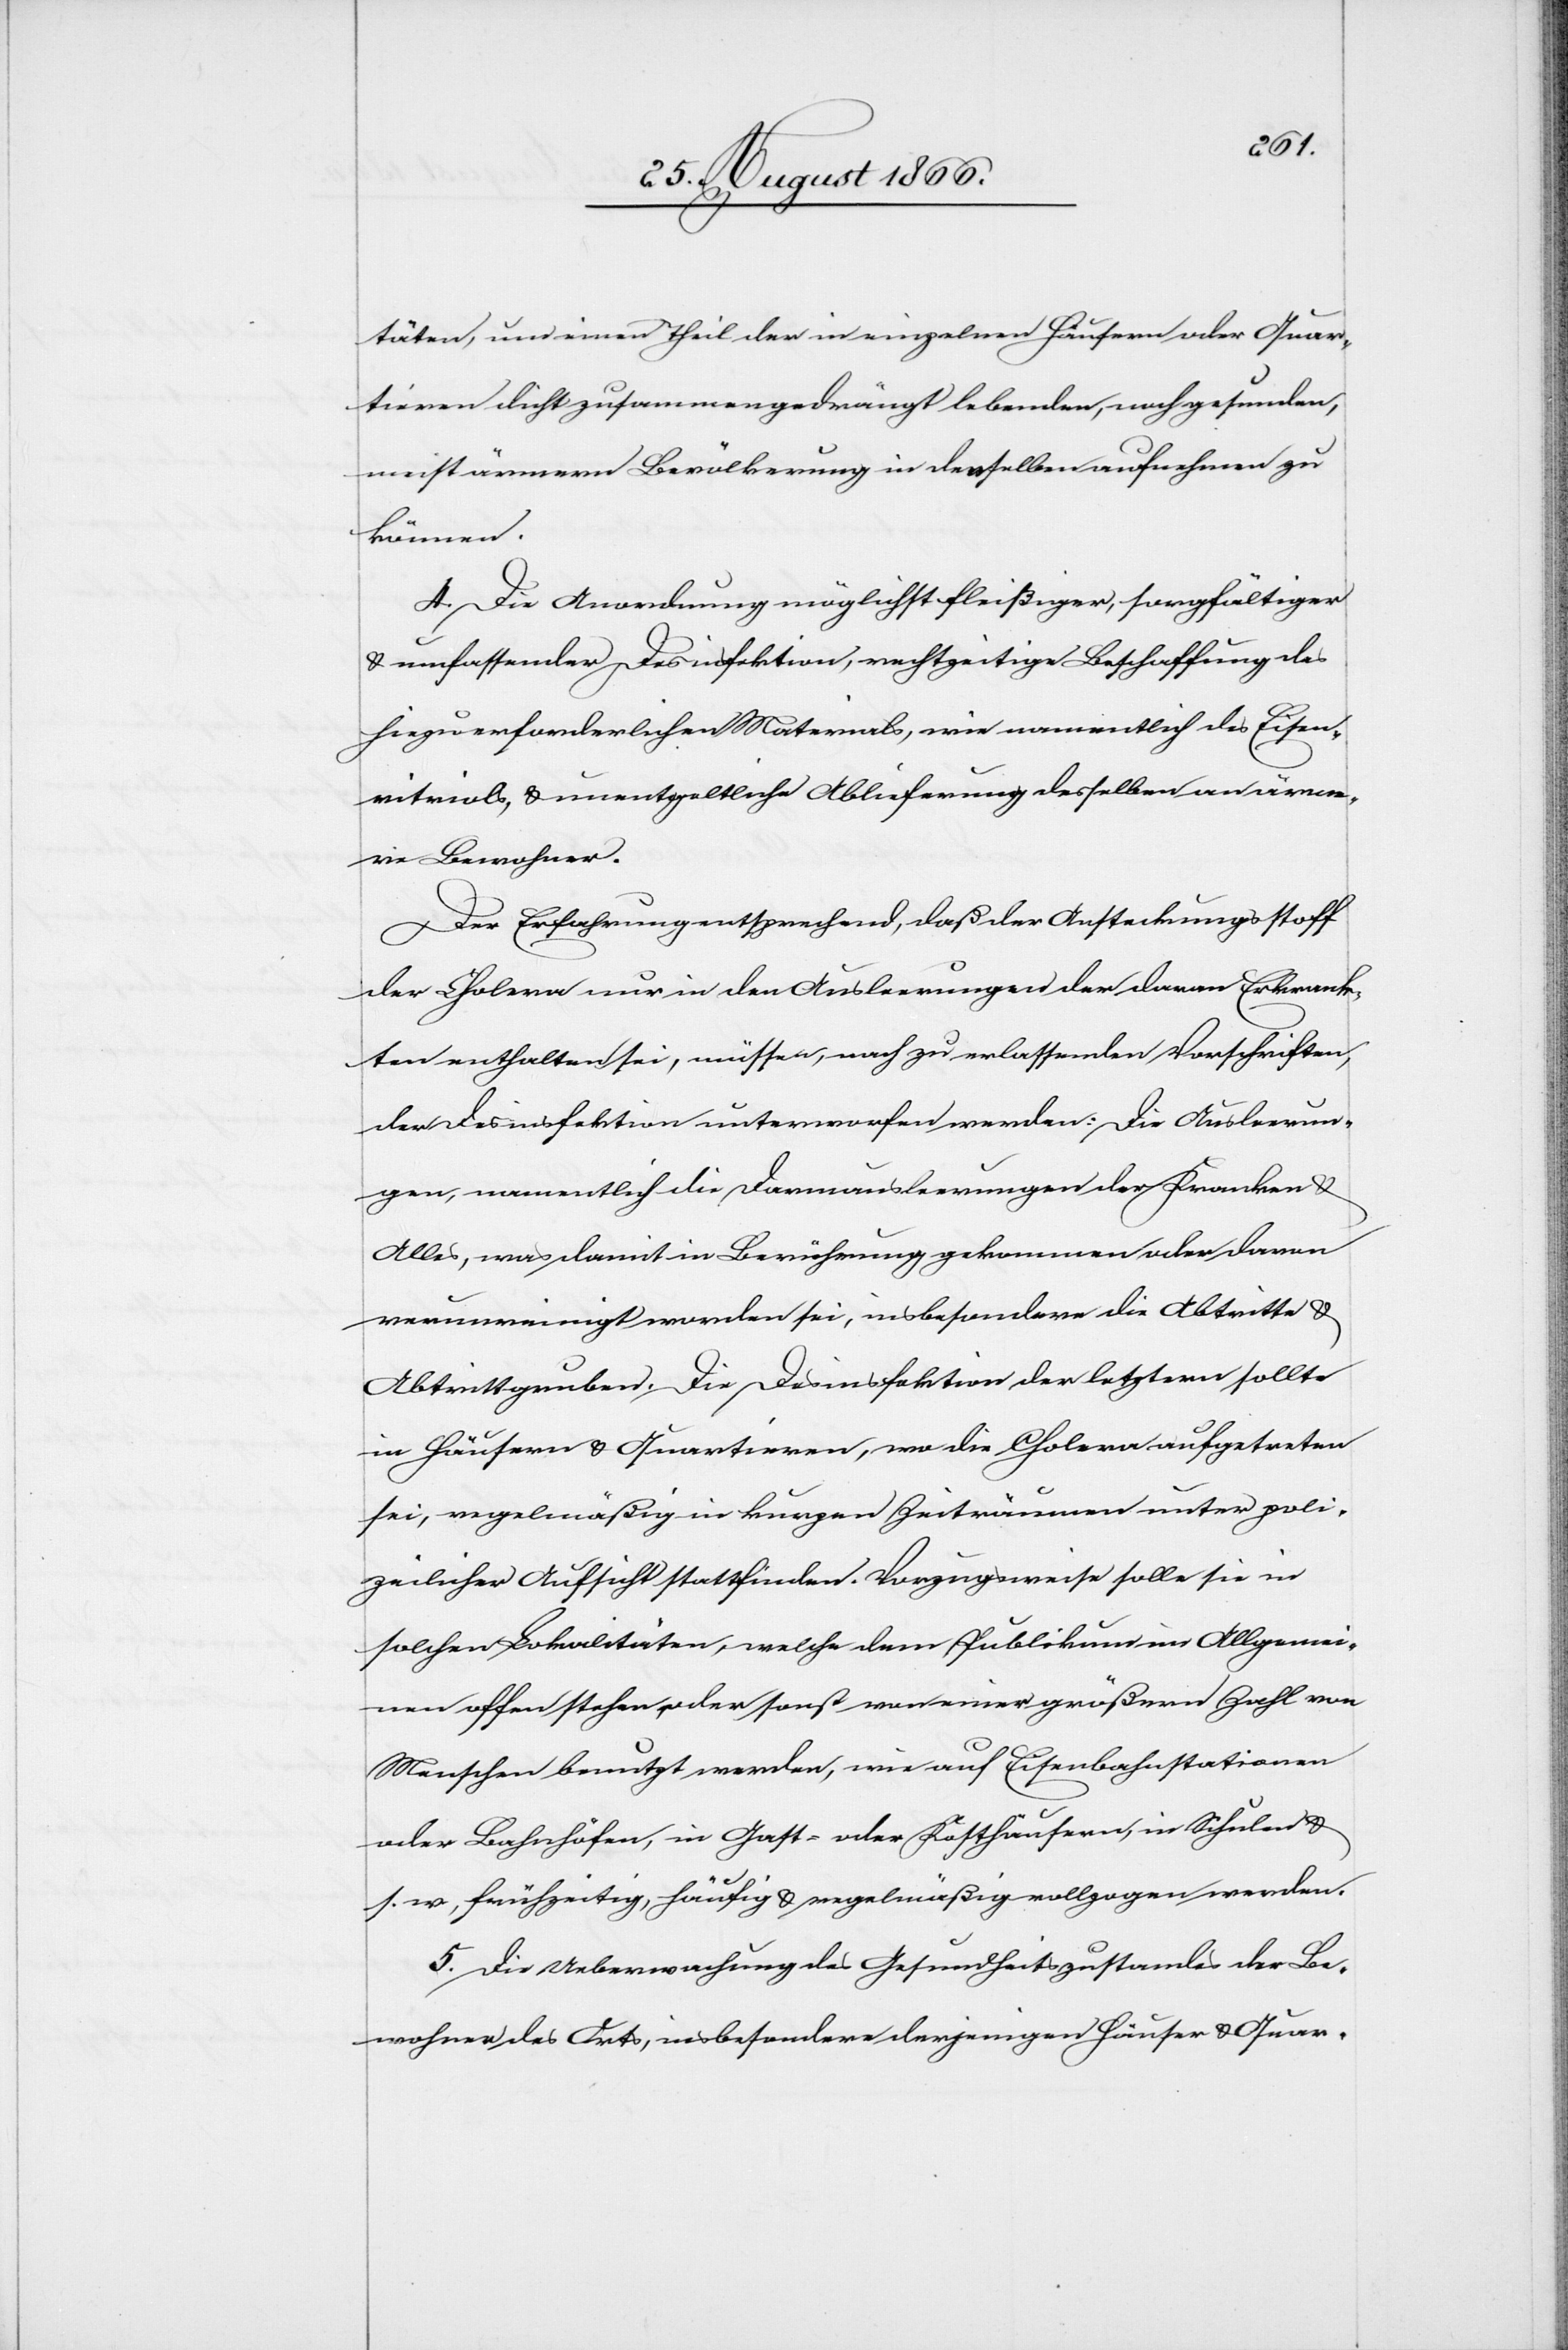
täten, um einen Theil der in einzelnen Häusern oder Quar¬
tieren dicht zusammengedrängt lebenden, noch gesunden,
meist ärmern Bevölkerung in denselben aufnehmen zu
können.
4. Die Anordnung möglichst fleißiger, sorgfältiger
u. umfassender Desinfektion, rechtzeitige Beschaffung des
hiezu erforderlichen Materials, wie namentlich des Eisen¬
vitriols, u. unentgeltliche Ablieferung desselben an ärme¬
re Bewohner.
Der Erfahrung entsprechend, daß der Ansteckungsstoff
der Cholera nur in den Ausleerungen der davon Erkrank¬
ten enthalten sei, müssen, nach zu erlassenden Vorschriften,
der Desinfektion unterworfen werden: Die Ausleerun¬
gen, namentlich die Darmausleerungen der Kranken u.
Alles, was damit in Berührung gekommen oder davon
verunreinigt worden sei, insbesondere die Abtritte u.
Abtrittsgruben. Die Desinfektion der letztern sollte
in Häusern u. Quartieren, wo die Cholera aufgetreten
sei, regelmäßig in kurzen Zeiträumen unter poli¬
zeilicher Aufsicht stattfinden. Vorzugsweise solle sie in
solchen Lokalitäten, welche dem Publikum im Allgemei¬
nen offen stehen, oder sonst von einer größern Zahl von
Menschen benutzt werden, wie auf Eisenbahnstationen
oder Bahnhöfen, in Gast- oder Kosthäusern, in Schulen u.
s. w., frühzeitig, häufig u. regelmäßig vollzogen werden.
5. Die Ueberwachung des Gesundheitszustandes der Be¬
wohner des Orts, insbesondere derjenigen Häuser u. Quar-